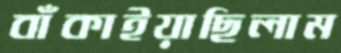
বাঁকাইয়াছিলাম